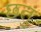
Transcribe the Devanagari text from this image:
छतु